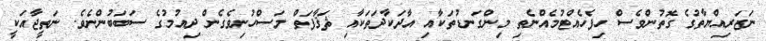
ނަޒަރިއްޔާތުގެ ގޮތުންވެސް ހިފެހެއްޓުމެއްނެތި މިންގަނޑުތަކާއި އާދަކާދަތަކާއި ޘަޤާފަތް މަސްހުނިވެގެން ދިއުމުގެ ސަބަބުންނެވެ. ނަތީޖާއަކީ